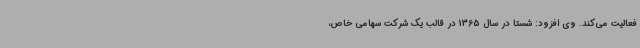
فعالیت می‌کند. وی افزود: شستا در سال 1365 در قالب یک شرکت سهامی خاص،